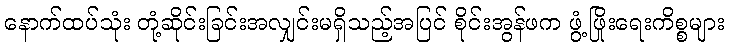
နောက်ထပ်သုံး တုံ့ဆိုင်းခြင်းအလျှင်းမရှိသည့်အပြင် စိုင်းအွန်ဖက ဖွံ့ဖြိုးရေးကိစ္စများ